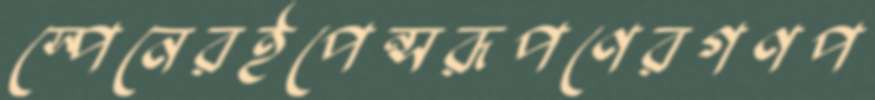
স্পেনেরইপেন্সরূপণেরগণপ